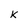
Character: K